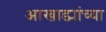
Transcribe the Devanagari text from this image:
आखाड्यांच्या